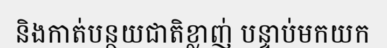
និងកាត់បន្ថយជាតិខ្លាញ់ បន្ទាប់មកយក